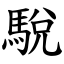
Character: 駾